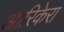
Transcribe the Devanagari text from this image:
आरिकेरा